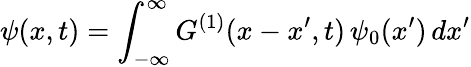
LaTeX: \psi(x,t)=\int_{-\infty}^{\infty}G^{(1)}(x-x^{\prime},t)\, \psi_{0}(x^{\prime})\, dx^{\prime}